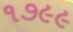
૧૭૯૯